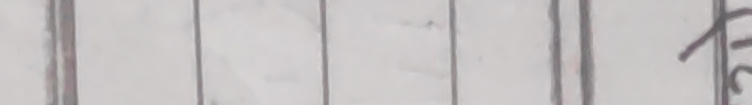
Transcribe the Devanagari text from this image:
हो